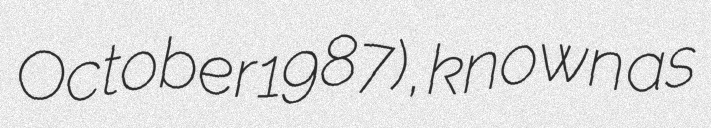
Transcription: October 1987), known as